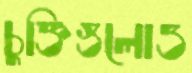
চুক্তিগুলোও